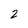
Character: 2